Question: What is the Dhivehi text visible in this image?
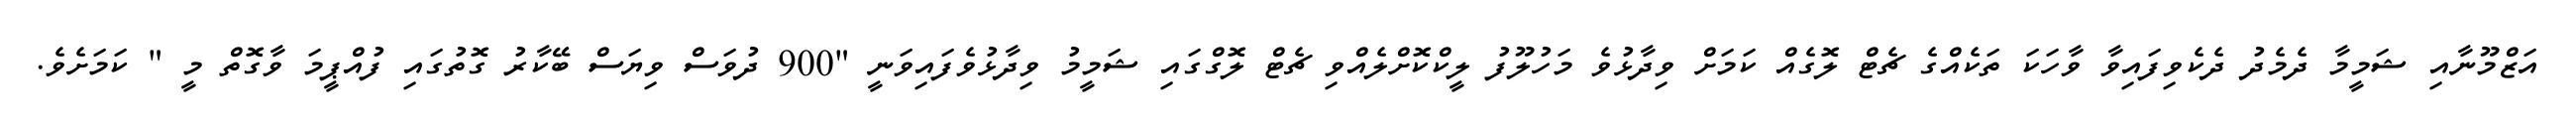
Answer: އަޒްމޫނާއި ޝަމީމާ ދެމެދު ދެކެވިފައިވާ ވާހަކަ ތަކެއްގެ ޗެޓް ލޮގެއް ކަމަށް ވިދާޅުވެ މަހުލޫފު ލީކްކޮށްލެއްވި ޗެޓް ލޮގްގައި ޝަމީމު ވިދާޅުވެފައިވަނީ "900 ދުވަސް ވިޔަސް ބޭކާރު ގޮތުގައި ފުއްޕީމަ ވާގޮތް މީ " ކަމަށެވެ.